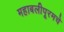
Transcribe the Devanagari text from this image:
महाबलीपूरमचे